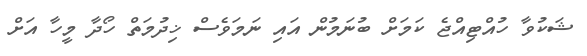
ޝަކުވާ ހުއްޓިއްޖެ ކަމަށް ބުނަމުން އައި ނަމަވެސް ޚިދުމަތް ހޯދާ މީހާ އަށް